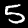
Label: 5